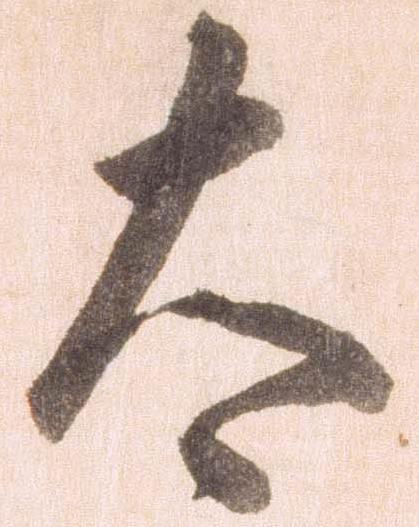
太